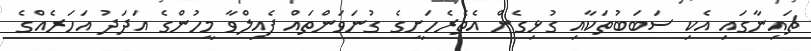
ޗައިނާގައި އެކި ސަބަބުތަކާއި ގުޅިގެން އެތެރެހަށީގެ ގުނަވަންތައް ފެއިލްވާ މީހުންގެ އަދަދު އަހަރެއްގެ